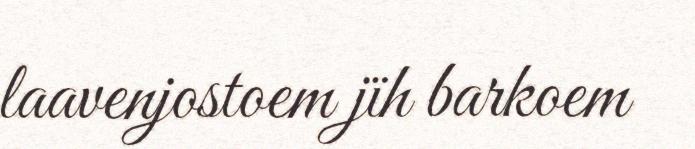
laavenjostoem jïh barkoem